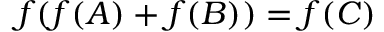
f ( f ( A ) + f ( B ) ) = f ( C )